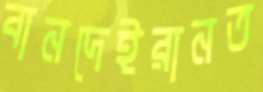
বানদেইরানত